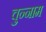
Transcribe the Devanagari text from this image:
चुन्नाम